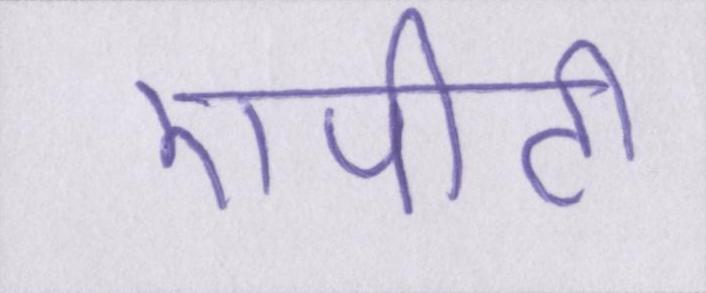
एपीटी